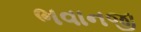
ભવાનજી